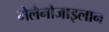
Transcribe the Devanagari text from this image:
मेलैनोजाइलान